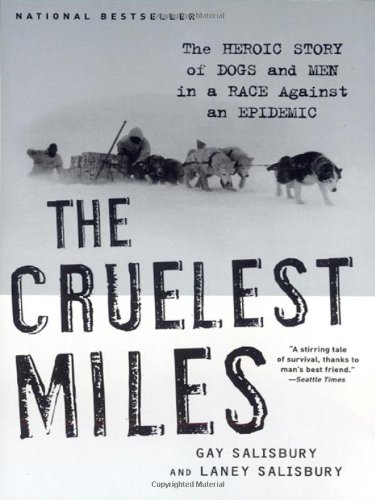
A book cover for The Cruelest Miles: The Heroic Story of Dogs and Men in a Race Against an Epidemic; Gay Salisbury; Medical Books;